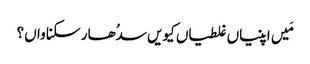
مَیں اپنیاں غلطیاں کیویں سدُھار سکنا واں؟